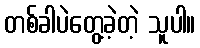
တစ်ခါပဲတွေ့ခဲ့တဲ့ သူပါ။